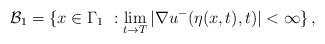
LaTeX: \begin{align*}\mathcal{B}_1=\{x\in \Gamma_1\ : \lim_{t\rightarrow T} |\nabla u^-(\eta(x,t),t)|<\infty\}\,,\end{align*}